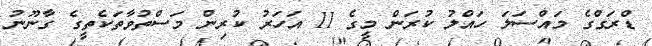
ޑްރަގްގެ މައްސަލަ ހައްލު ކުރަން މީގެ 11 އަހަރު ކުރިން މަސްތުވާތަކެތީގެ ގާނޫނު